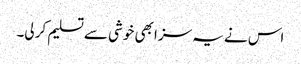
اس نے یہ سزا بھی خوشی سے تسلیم کر لی۔